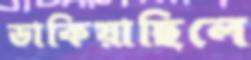
ডাকিয়াছিলে